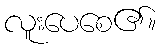
လူးပေစေ၏။